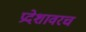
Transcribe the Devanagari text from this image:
प्रदेशावरच